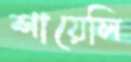
শায়েলি